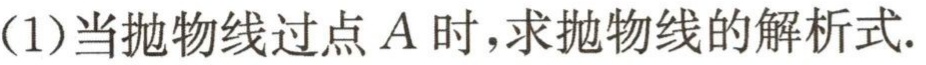
(1)当抛物线过点\(A\)时，求抛物线的解析式.